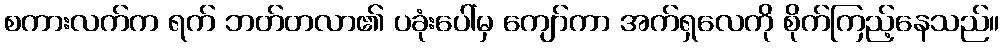
စကားလက်က ရက် ဘတ်တလာ၏ ပခုံးပေါ်မှ ကျော်ကာ အက်ရှလေကို စိုက်ကြည့်နေသည်။